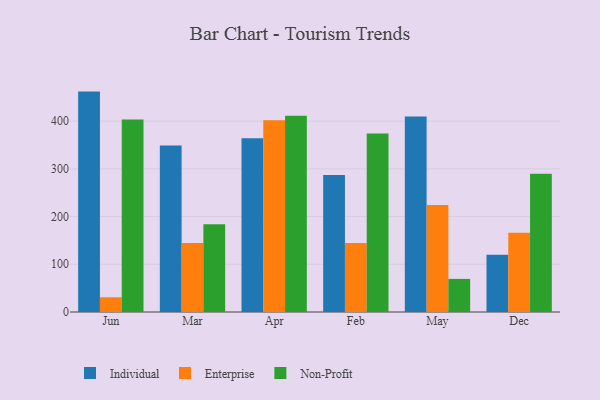
{"axis": {"x": "Month", "y": "Active Users"}, "legend": ["Enterprise", "Individual", "Non-Profit"], "data": [{"x": "Jun", "y": 461.9, "type": "Individual"}, {"x": "Jun", "y": 30.9, "type": "Enterprise"}, {"x": "Jun", "y": 403.2, "type": "Non-Profit"}, {"x": "Mar", "y": 349.1, "type": "Individual"}, {"x": "Mar", "y": 144.5, "type": "Enterprise"}, {"x": "Mar", "y": 184.1, "type": "Non-Profit"}, {"x": "Apr", "y": 364.0, "type": "Individual"}, {"x": "Apr", "y": 401.7, "type": "Enterprise"}, {"x": "Apr", "y": 411.3, "type": "Non-Profit"}, {"x": "Feb", "y": 287.3, "type": "Individual"}, {"x": "Feb", "y": 144.5, "type": "Enterprise"}, {"x": "Feb", "y": 373.9, "type": "Non-Profit"}, {"x": "May", "y": 409.7, "type": "Individual"}, {"x": "May", "y": 224.0, "type": "Enterprise"}, {"x": "May", "y": 69.4, "type": "Non-Profit"}, {"x": "Dec", "y": 119.9, "type": "Individual"}, {"x": "Dec", "y": 166.1, "type": "Enterprise"}, {"x": "Dec", "y": 289.6, "type": "Non-Profit"}]}